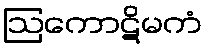
ဩကောဋိမကံ